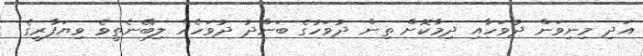
އަދި މިނިވަން ދުވަހާއި ދިމާކޮށް ތިން ދުވަހުގެ ބަންދު ދުވަހެއް ލިބޭނެތީވެ ވިޔަފާރީގެ